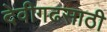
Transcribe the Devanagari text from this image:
देवीगढसाठी